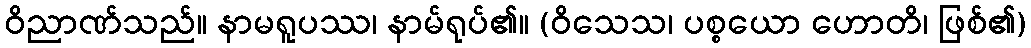
ဝိညာဏ်သည်။ နာမရူပဿ၊ နာမ်ရုပ်၏။ (ဝိသေသ၊ ပစ္စယော ဟောတိ၊ ဖြစ်၏)